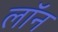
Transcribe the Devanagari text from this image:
लाॅन